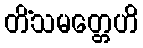
တိံသမတ္တေဟိ